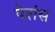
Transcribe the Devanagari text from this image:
पेशंस